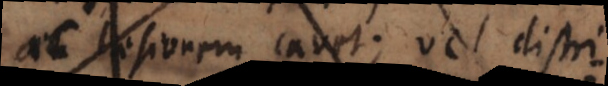
ac laesionem cavet; vel distributiva,